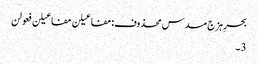
بحرِ ہزج مسدس محذوف:مفاعیلن مفاعیلن فعولن
3۔